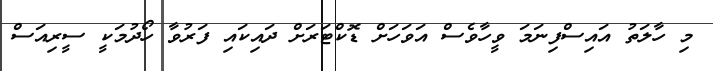
މި ހާލަތު އައިސްފިނަމަ ވީހާވެސް އަވަހަށް ޑޮކްޓަރަށް ދައިކައި ފަރުވާ ހޯދުމަކީ ސީރިއަސް